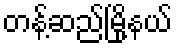
တန့်ဆည်မြို့နယ်